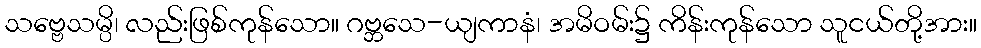
သဗ္ဗေသမ္ပိ၊ လည်းဖြစ်ကုန်သော။ ဂဗ္ဘသေ-ယျကာနံ၊ အမိဝမ်း၌ ကိန်းကုန်သော သူငယ်တို့အား။